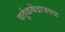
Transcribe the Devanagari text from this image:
वर्तुळकेंद्राजवळ